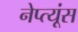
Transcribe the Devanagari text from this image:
नेप्त्यूंस